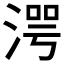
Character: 湂